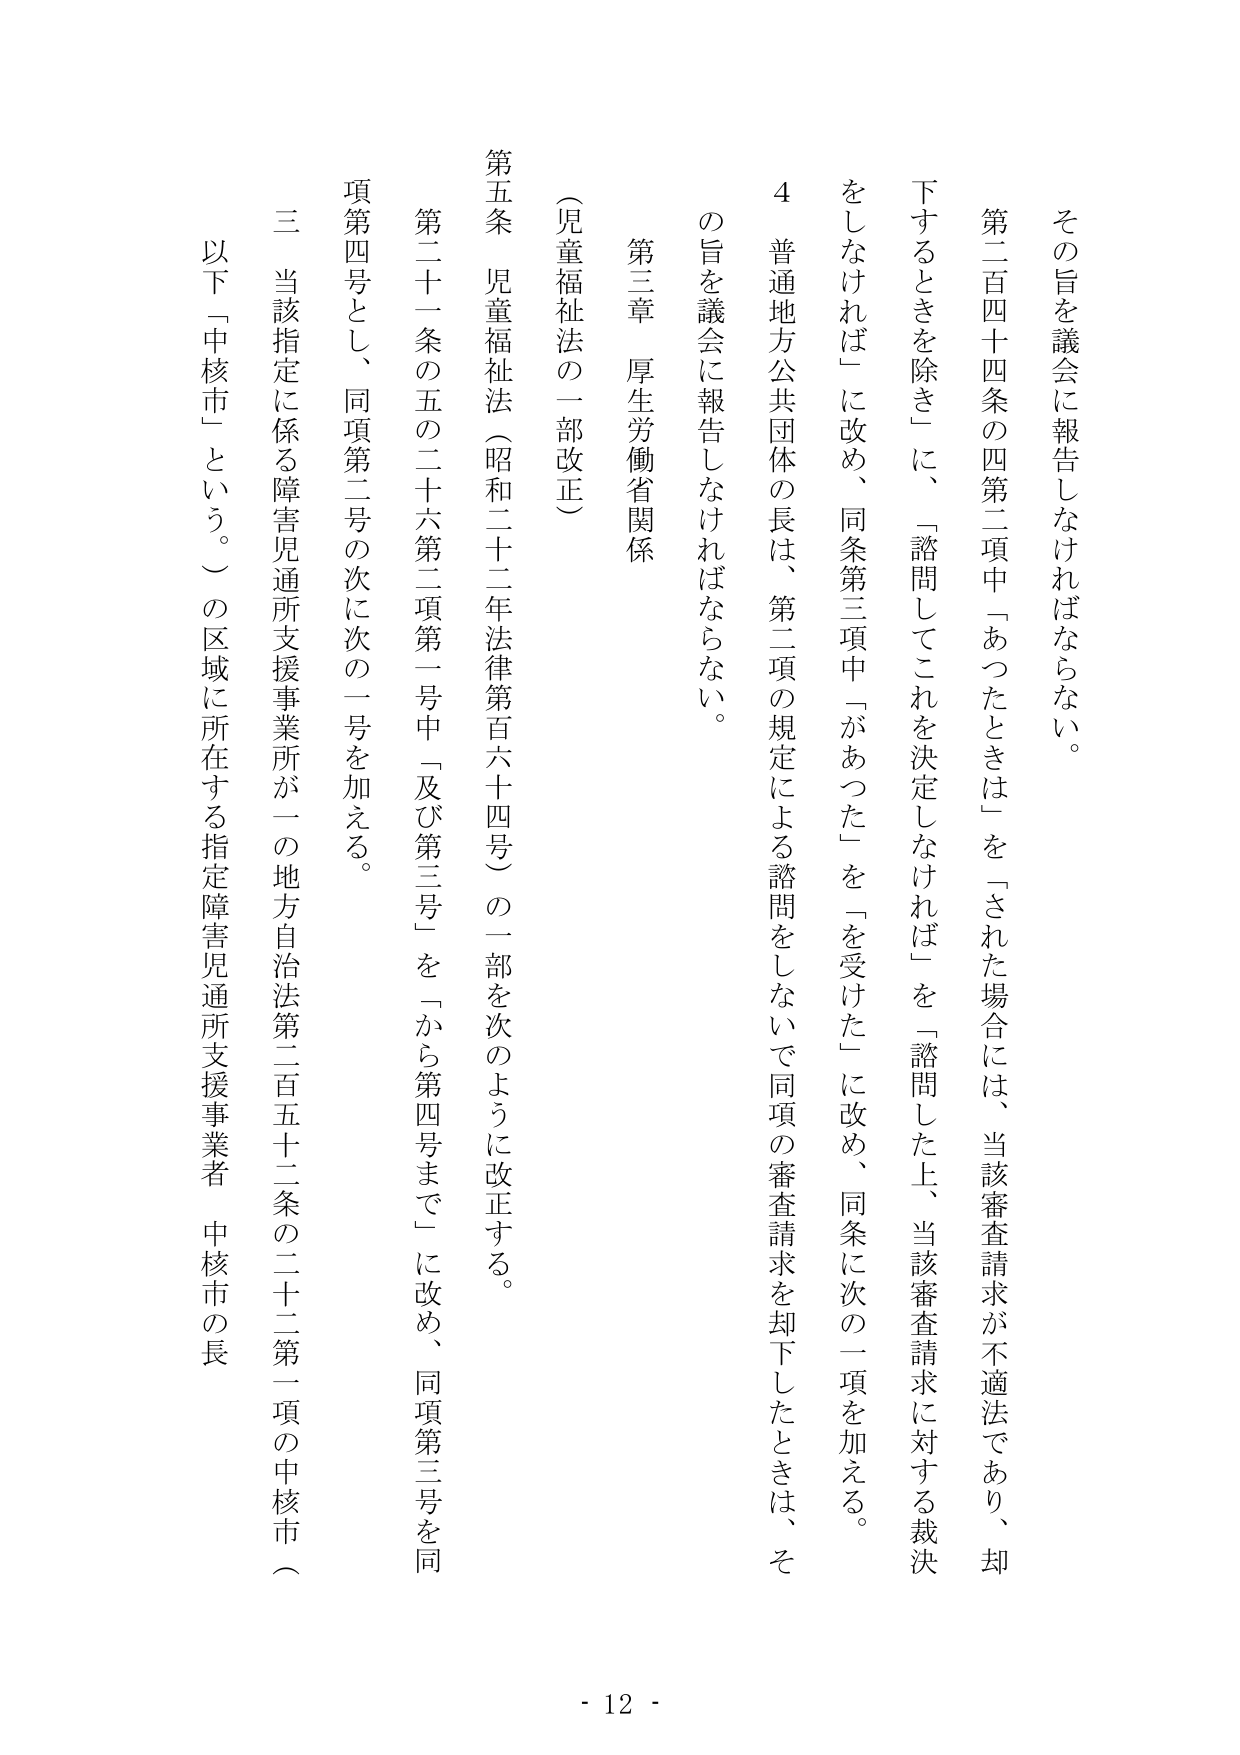
その旨を議会に報告しなければならない。

第二百四十四条の四第二項中「あったときは」を「された場合には、当該審査請求が不適法であり、却下するときを除き」に、「諮問してこれを決定しなければ」を「諮問した上、当該審査請求に対する裁決をしなければ」に改め、同条第三項中「があった」を「を受けた」に改め、同条に次の一項を加える。

４ 普通地方公共団体の長は、第二項の規定による諮問をしないで同項の審査請求を却下したときは、その旨を議会に報告しなければならない。

第三章 厚生労働省関係

（児童福祉法の一部改正）

第五条 児童福祉法（昭和二十二年法律第百六十四号）の一部を次のように改正する。

第二十一条の五の二十六第二項第一号中「及び第三号」を「から第四号まで」に改め、同項第三号を同項第四号とし、同項第二号の次に次の一号を加える。

三 当該指定に係る障害児通所支援事業所が一の地方自治法第二百五十二条の二十二第一項の中核市（以下「中核市」という。）の区域に所在する指定障害児通所支援事業者、中核市の長

- 12 -